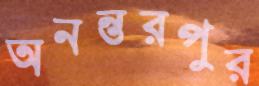
অনন্তরপুর